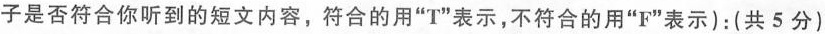
子是否符合你听到的短文内容,符合的用"T"表示,不符合的用"F"表示):(共 5 分)